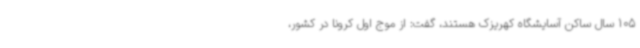
105 سال ساکن آسایشگاه کهریزک هستند، گفت: از موج اول کرونا در کشور،